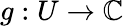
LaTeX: g:U\to\mathbb{C}